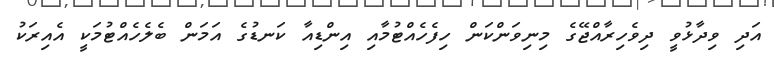
އަދި ވިދާޅުވީ ދިވެހިރާއްޖޭގެ މިނިވަންކަން ހިފެހެއްޓުމާއި އިންޑިއާ ކަނޑުގެ އަމަން ބެލެހެއްޓުމަކީ އެއިރަކު